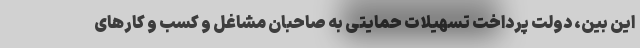
این بین، دولت پرداخت تسهیلات حمایتی به صاحبان مشاغل و کسب و کارهای